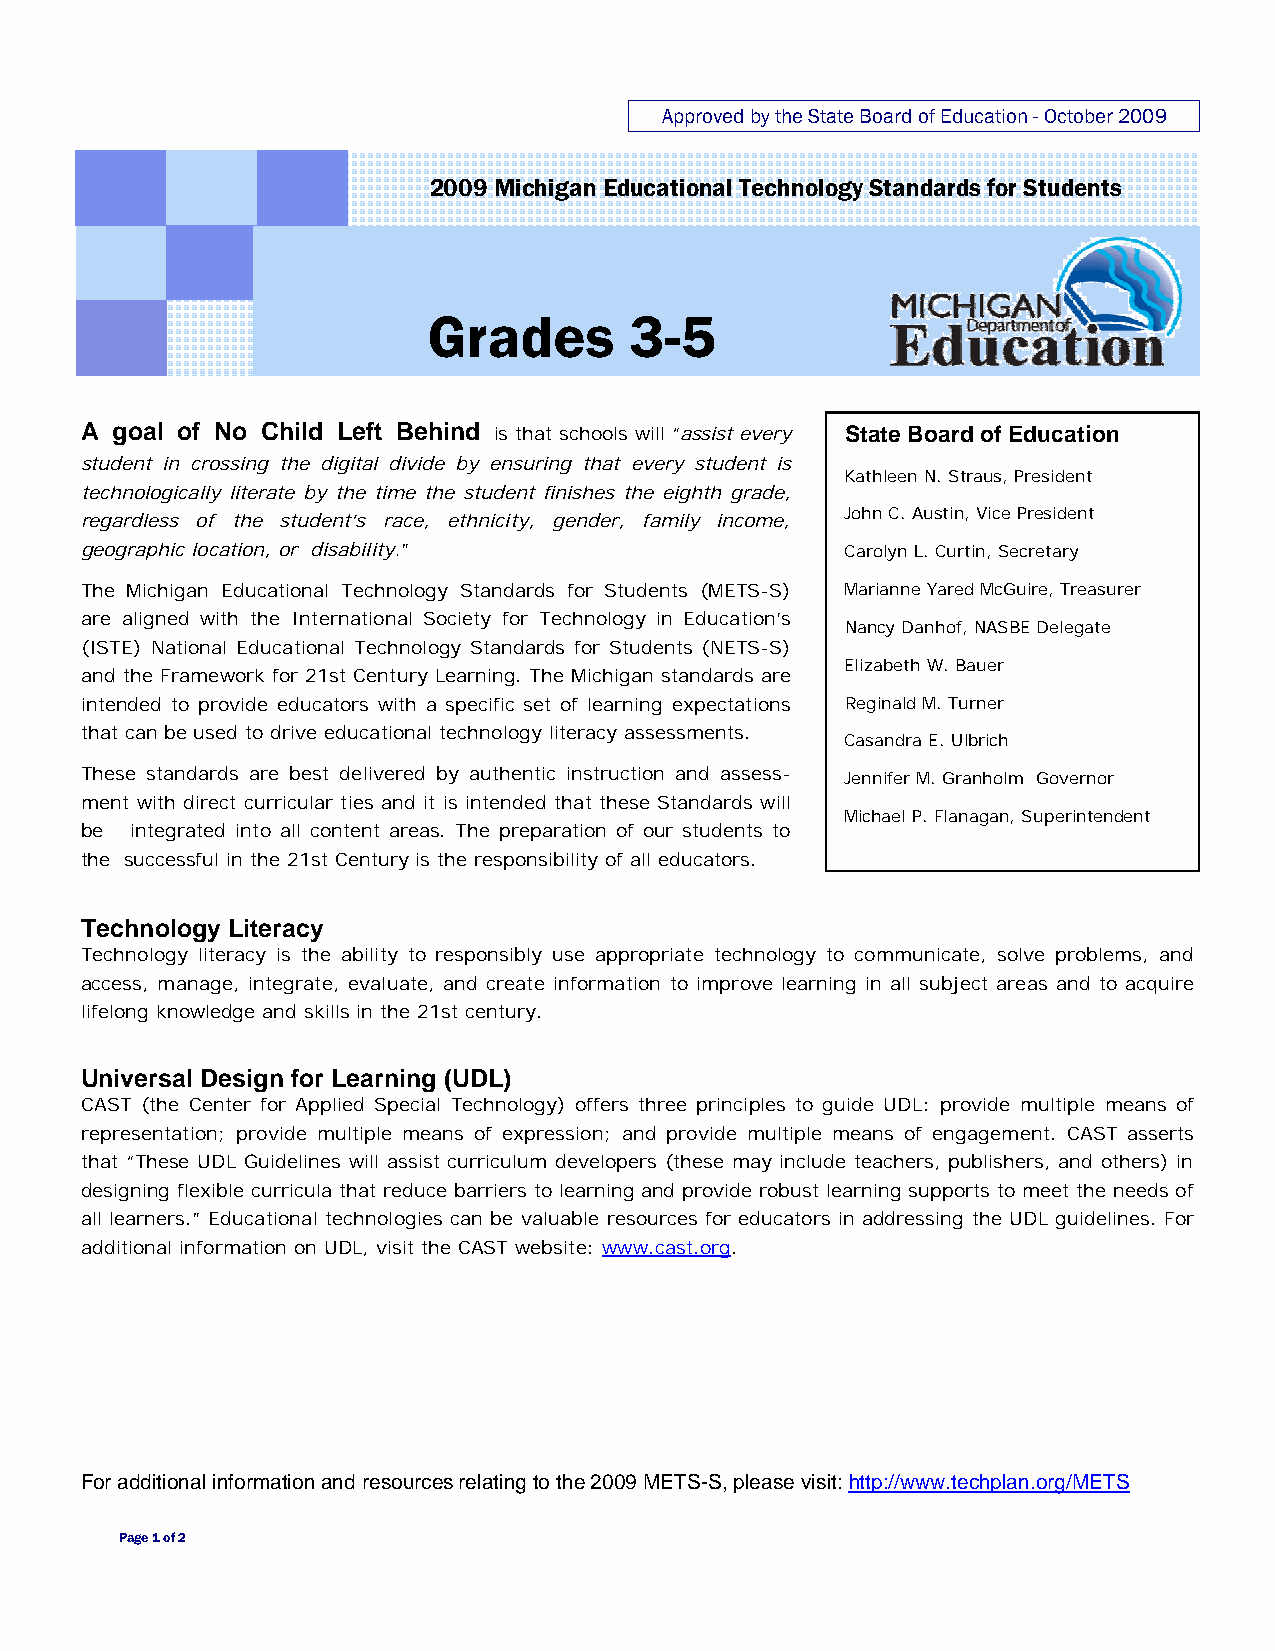
Approved by the State Board of Education - October 2009
 2009 Michigan Educational Technology Standards for Students
 Grades        3-5
 A goal of No Child Left Behind is that schools will “assist every State Board of Education
 student in crossing the digital divide by ensuring that every student is
 Kathleen N. Straus, President
 technologically literate by the time the student finishes the eighth grade,
 regardless of the student’s race, ethnicity, gender, family income, John C. Austin, Vice President
 geographic location, or disability.”               Carolyn L. Curtin, Secretary
 The Michigan Educational Technology Standards for Students (METS-S) Marianne Yared McGuire, Treasurer
 are aligned with the International Society for Technology in Education’s
 Nancy Danhof, NASBE Delegate
 (ISTE) National Educational Technology Standards for Students (NETS-S)
 Elizabeth W. Bauer
 and the Framework for 21st Century Learning. The Michigan standards are
 intended to provide educators with a specific set of learning expectations Reginald M. Turner
 that can be used to drive educational technology literacy assessments.
 Casandra E. Ulbrich
 These standards are best delivered by authentic instruction and assess- Jennifer M. Granholm Governor
 ment with direct curricular ties and it is intended that these Standards will
 Michael P. Flanagan, Superintendent
 be  integrated into all content areas. The preparation of our students to
 the successful in the 21st Century is the responsibility of all educators.
 Technology Literacy
 Technology literacy is the ability to responsibly use appropriate technology to communicate, solve problems, and
 access, manage, integrate, evaluate, and create information to improve learning in all subject areas and to acquire
 lifelong knowledge and skills in the 21st century.
 Universal Design for Learning (UDL)
 CAST (the Center for Applied Special Technology) offers three principles to guide UDL: provide multiple means of
 representation; provide multiple means of expression; and provide multiple means of engagement. CAST asserts
 that “These UDL Guidelines will assist curriculum developers (these may include teachers, publishers, and others) in
 designing flexible curricula that reduce barriers to learning and provide robust learning supports to meet the needs of
 all learners.” Educational technologies can be valuable resources for educators in addressing the UDL guidelines. For
 additional information on UDL, visit the CAST website: www.cast.org.
 For additional information and resources relating to the 2009 METS-S, please visit: http://www.techplan.org/METS
 Page 1 of 2